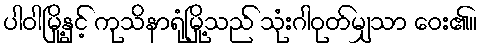
ပါဝါမြို့နှင့် ကုသိနာရုံမြို့သည် သုံးဂါဝုတ်မျှသာ ဝေး၏။